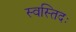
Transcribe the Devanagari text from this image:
स्वस्तिदः